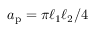
a _ { \mathrm { p } } = \pi \ell _ { 1 } \ell _ { 2 } / 4